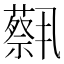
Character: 𫊈